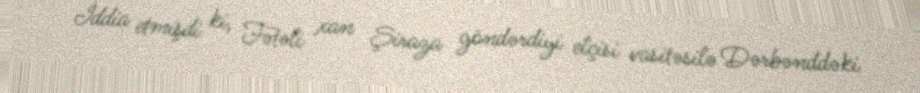
İddia etmişdi ki, Fətəli xan Şiraza göndərdiyi elçisi vasitəsilə Dərbənddəki